Annual report on the Civil Veterinary Department, Burma (including the Insein Veterinary School) - 1910-1922
Year: 1910
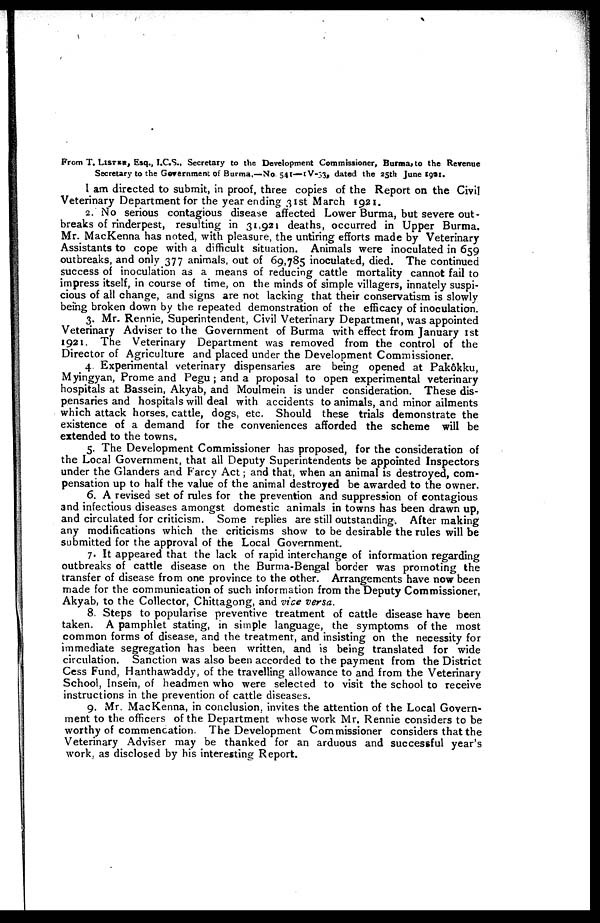
From T. LISTER, Esq., I.C.S., Secretary to the Development Commissioner, Burma, to the Revenue
Secretary to the Government of Burma,—No 541—IV-53, dated the 25th June 1921.
i am directed to submit, in proof, three copies of the Report on the Civil
Veterinary Department for the year ending 31st March 1921.
2. No serious contagious disease affected Lower Burma, but severe out-
breaks of rinderpest, resulting in 31,921 deaths, occurred in Upper Burma.
Mr. MacKenna has noted, with pleasure, the untiring efforts made by Veterinary
Assistants to cope with a difficult situation. Animals were inoculated in 659
outbreaks, and only 377 animals, out of 69,785 inoculated, died. The continued
success of inoculation as a means of reducing cattle mortality cannot fail to
impress itself, in course of time, on the minds of simple villagers, innately suspi-
cious of all change, and signs are not lacking that their conservatism is slowly
being broken down by the repeated demonstration of the efficacy of inoculation.
3. Mr. Rennie, Superintendent, Civil Veterinary Department, was appointed
Veterinary Adviser to the Government of Burma with effect from January 1st
1921. The Veterinary Department was removed from the control of the
Director of Agriculture and placed under the Development Commissioner.
4. Experimental veterinary dispensaries are being opened at Pakôkku,
Myingyan, Prome and Pegu ; and a proposal to open experimental veterinary
hospitals at Bassein, Akyab, and Moulmein is under consideration. These dis-
pensaries and hospitals will deal with accidents to animals, and minor ailments
which attack horses, cattle, dogs, etc. Should these trials demonstrate the
existence of a demand for the conveniences afforded the scheme will be
extended to the towns.
5. The Development Commissioner has proposed, for the consideration of
the Local Government, that all Deputy Superintendents be appointed Inspectors
under the Glanders and Farcy Act; and that, when an animal is destroyed, com-
pensation up to half the value of the animal destroyed be awarded to the owner.
6. A revised set of rules for the prevention and suppression of contagious
and infectious diseases amongst domestic animals in towns has been drawn up,
and circulated for criticism. Some replies are still outstanding. After making
any modifications which the criticisms show to be desirable the rules will be
submitted for the approval of the Local Government.
7. It appeared that the lack of rapid interchange of information regarding
outbreaks of cattle disease on the Burma-Bengal border was promoting the
transfer of disease from one province to the other. Arrangements have now been
made for the communication of such information from the Deputy Commissioner,
Akyab, to the Collector, Chittagong, and vice versa.
8. Steps to popularise preventive treatment of cattle disease have been
taken. A pamphlet stating, in simple language, the symptoms of the most
common forms of disease, and the treatment, and insisting on the necessity for
immediate segregation has been written, and is being translated for wide
circulation. Sanction was also been accorded to the payment from the District
Cess Fund, Hanthawaddy, of the travelling allowance to and from the Veterinary
School, Insein, of headmen who were selected to visit the school to receive
instructions in the prevention of cattle diseases.
9. Mr. MacKenna, in conclusion, invites the attention of the Local Govern-
ment to the officers of the Department whose work Mr. Rennie considers to be
worthy of commencation. The Development Commissioner considers that the
Veterinary Adviser may be thanked for an arduous and successful year's
work, as disclosed by his interesting Report.